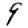
Digit: 9